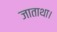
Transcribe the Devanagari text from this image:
जाताथा।